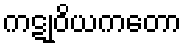
ကဋုဝိယကတော